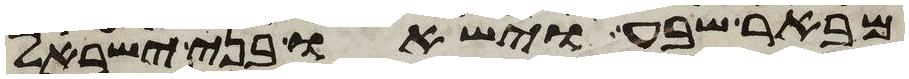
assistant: מבאר שבע וישאו בני ישראל